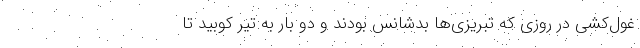
غول‌کشی در روزی که تبریزی‌ها بدشانس بودند و دو بار به تیر کوبید تا